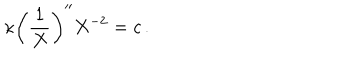
\kappa \left( \frac { 1 } { X } \right) ^ { \prime \prime } X ^ { - 2 } = c \, .